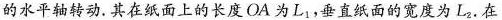
的水平轴转动。其在纸面上的长度OA为L_{1}，垂直纸面的宽度为L_{2}。在